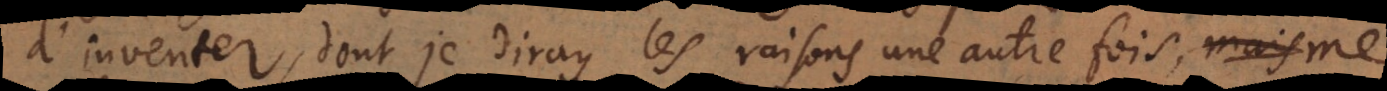
d’inventer, dont je diray les raisons une autre fois, me